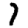
Digit: 7